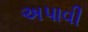
અપાવી